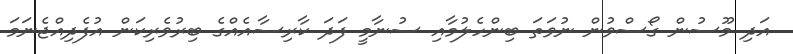
އަދި މޫސުން ގޯސްވުން ނުވަތަ ބިންހެލުމާއި ސުނާމީ ފަދަ ކާރިސާއެއްގެ ބިރުވެރިކަން އުފެދިއްޖެނަމަ